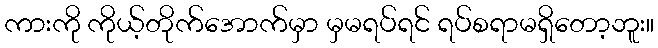
ကားကို ကိုယ့်တိုက်အောက်မှာ မှမရပ်ရင် ရပ်စရာမရှိတော့ဘူး။